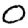
Digit: 0